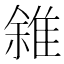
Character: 雓